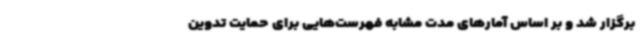
برگزار شد و بر اساس آمارهای مدت مشابه فهرست‌هایی برای حمایت تدوین